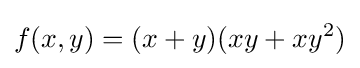
f(x,y)=(x+y)(xy+xy^{2})